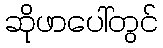
ဆိုဖာပေါ်တွင်